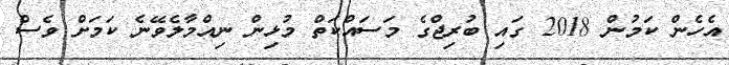
އެހެން ކަމުން 2018 ގައި ބުރިޖްގެ މަސައްކަތް މުޅިން ނިއްމާލެވޭނެ ކަމަށް ވެސް